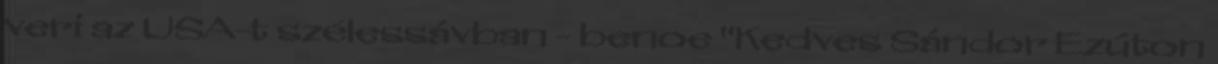
veri az USA-t szélessávban - benoe "Kedves Sándor Ezúton